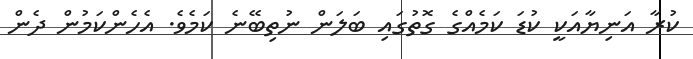
ކުރާ އަނިޔާއަކީ ކުޑަ ކަމެއްގެ ގޮތުގައި ބަލަން ނުތިބޭނެ ކަމެވެ. އެހެންކަމުން ދެން